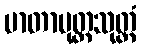
မာတာပုတ္တသုတ္တံ